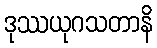
ဒုဿယုဂသတာနိ